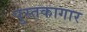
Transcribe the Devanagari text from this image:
पुस्तकागार